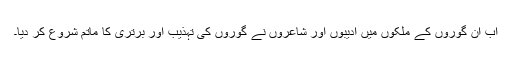
اب ان گوروں کے ملکوں میں ادیبوں اور شاعروں نے گوروں کی تہذیب اور برتری کا ماتم شروع کر دیا۔